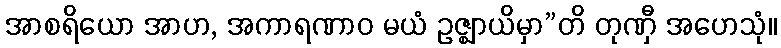
အာစရိယော အာဟ, အကာရဏာဝ မယံ ဥဇ္ဈာယိမှာ”တိ တုဏှီ အဟေသုံ။